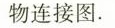
物连接图。